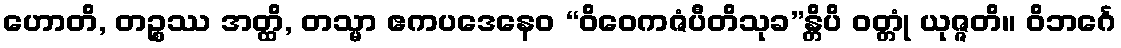
ဟောတိ, တဉ္စဿ အတ္ထိ, တသ္မာ ဧကပဒေနေဝ “ဝိဝေကဇံပီတိသုခ”န္တိပိ ဝတ္တုံ ယုဇ္ဇတိ။ ဝိဘင်္ဂေ